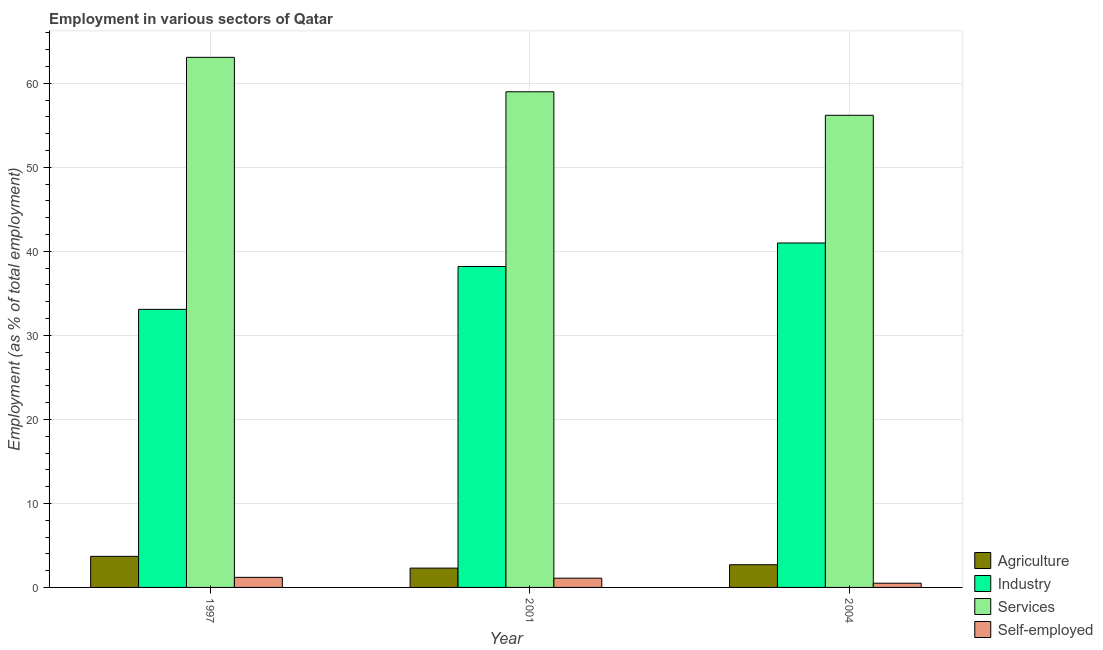
| Year | Agriculture | Industry | Services | Self-employed |
 | --- | --- | --- | --- | --- |
 | 1997 | 3.7 | 33.1 | 63.1 | 1.2 |
 | 2001 | 2.3 | 38.2 | 59 | 1.1 |
 | 2004 | 2.7 | 41 | 56.2 | 0.5 |